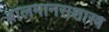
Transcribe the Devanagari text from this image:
बालमानसशास्त्र